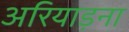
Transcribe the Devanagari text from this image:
अरियाड़ना